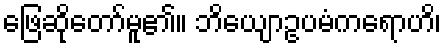
ဖြေဆိုတော်မူ၏။ ဘိယျောဥပမံကရောဟိ၊